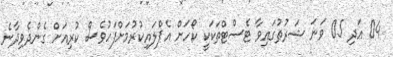
04 އަދި 05 ވަނަ ޝަރުޠުގައިވާ ޓެސްޓްތަކަކީ ކޯހަށް އެޕްލައިކުރުމަށްފަހުވެސް ކުރިއަށް ގެންދެވިދާނެ